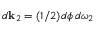
d { \bf k } _ { 2 } = ( 1 / 2 ) d \phi \, d \omega _ { 2 }